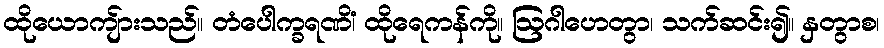
ထိုယောကျ်ားသည်။ တံပေါက္ခရဏိံ၊ ထိုရေကန်ကို။ ဩဂါဟေတွာ၊ သက်ဆင်း၍။ နှတွာစ၊